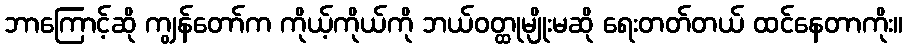
ဘာကြောင့်ဆို ကျွန်တော်က ကိုယ့်ကိုယ်ကို ဘယ်ဝတ္ထုမျိုးမဆို ရေးတတ်တယ် ထင်နေတာကိုး။